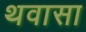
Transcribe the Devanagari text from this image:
थवासा